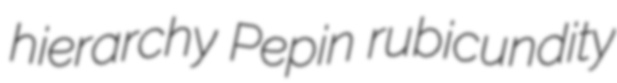
hierarchy Pepin rubicundity